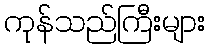
ကုန်သည်ကြီးများ